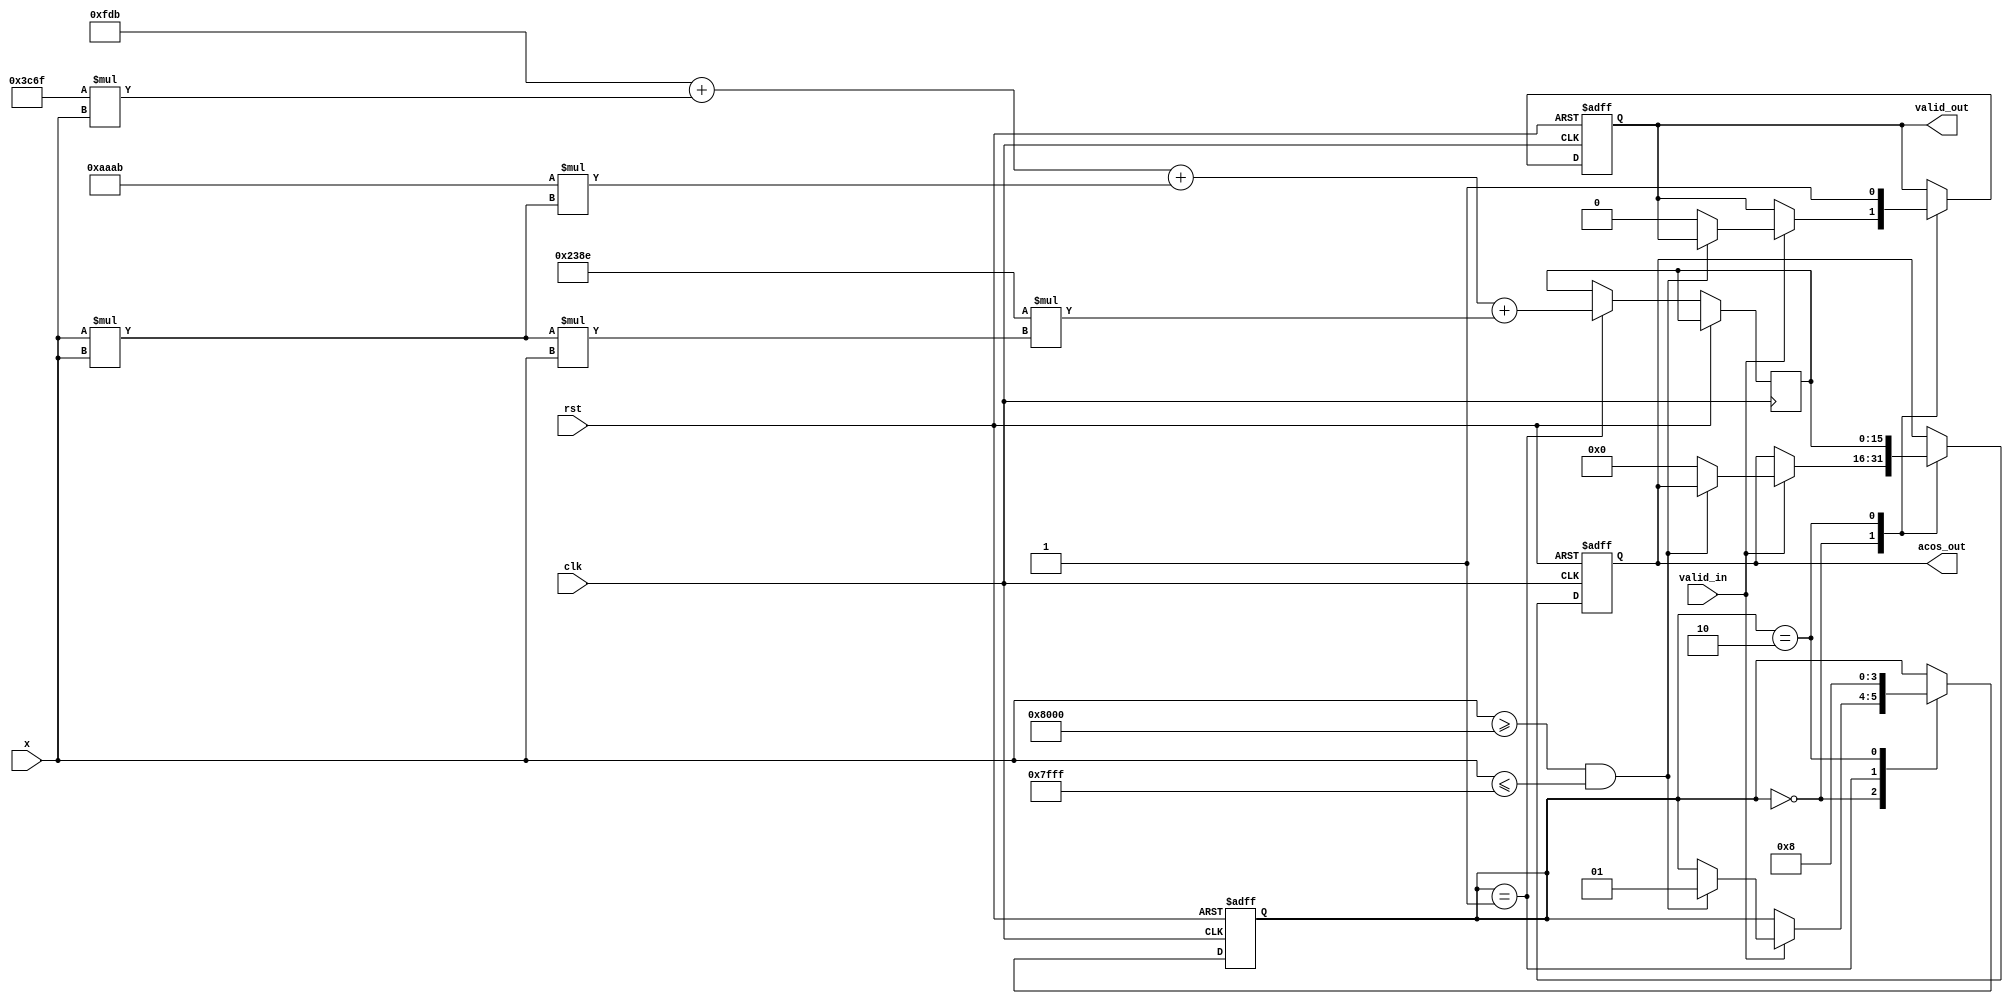
module acos_block #(
    parameter N = 16, // Input width
    parameter M = 16  // Output width
)(
    input wire clk,
    input wire rst,
    input wire valid_in,
    input wire signed [N-1:0] x, // Input in fixed-point format
    output reg valid_out,
    output reg signed [M-1:0] acos_out // Output in fixed-point format
);

    // Internal signals
    reg signed [M-1:0] result;
    reg [1:0] state;
    
    // State encoding
    localparam IDLE = 2'b00;
    localparam COMPUTE = 2'b01;
    localparam OUTPUT = 2'b10;

    // Polynomial coefficients for approximation (example coefficients)
    parameter signed [M-1:0] C0 = 32'h3FC90FDB; // /2
    parameter signed [M-1:0] C1 = 32'h3F8D3C6F; // -0.5
    parameter signed [M-1:0] C2 = 32'h3F2AAAAB; // 0.04166667
    parameter signed [M-1:0] C3 = 32'h3E38E38E; // -0.00138889

    // Polynomial approximation function
    function signed [M-1:0] acos_approx(input signed [N-1:0] x);
        begin
            // Example polynomial approximation: acos(x)  C0 + C1*x + C2*x^2 + C3*x^3
            acos_approx = C0 + (C1 * x) + (C2 * (x * x)) + (C3 * (x * x * x));
        end
    endfunction

    // State machine for processing
    always @(posedge clk or posedge rst) begin
        if (rst) begin
            state <= IDLE;
            valid_out <= 0;
            acos_out <= 0;
        end else begin
            case (state)
                IDLE: begin
                    if (valid_in) begin
                        // Check input range
                        if (x >= -1 * (1 << (N-1)) && x <= (1 << (N-1)) - 1) begin
                            state <= COMPUTE;
                        end else begin
                            // Handle error case
                            acos_out <= 0; // or some error value
                            valid_out <= 0;
                        end
                    end
                end

                COMPUTE: begin
                    result <= acos_approx(x);
                    state <= OUTPUT;
                end

                OUTPUT: begin
                    acos_out <= result;
                    valid_out <= 1;
                    state <= IDLE; // Go back to IDLE
                end
            endcase
        end
    end

endmodule